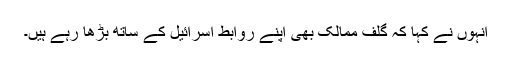
انہوں نے کہا کہ گلف ممالک بھی اپنے روابط اسرائیل کے ساتھ بڑھا رہے ہیں۔